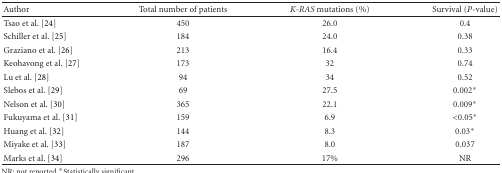
<table><thead><tr><td><b>Author</b></td><td><b>Total number of patients</b></td><td><b><i>K-RAS</i> mutations (%)</b></td><td><b>Survival (<i>P</i>-value)</b></td></tr></thead><tbody><tr><td>Tsao et al. [24]</td><td>450</td><td>26.0</td><td>0.4</td></tr><tr><td>Schiller et al. [25]</td><td>184</td><td>24.0</td><td>0.38</td></tr><tr><td>Graziano et al. [26]</td><td>213</td><td>16.4</td><td>0.33</td></tr><tr><td>Keohavong et al. [27]</td><td>173</td><td>32</td><td>0.74</td></tr><tr><td>Lu et al. [28]</td><td>94</td><td>34</td><td>0.52</td></tr><tr><td>Slebos et al. [29]</td><td>69</td><td>27.5</td><td>0.002∗</td></tr><tr><td>Nelson et al. [30]</td><td>365</td><td>22.1</td><td>0.009∗</td></tr><tr><td>Fukuyama et al. [31]</td><td>159</td><td>6.9</td><td>&lt;0.05∗</td></tr><tr><td>Huang et al. [32]</td><td>144</td><td>8.3</td><td>0.03∗</td></tr><tr><td>Miyake et al. [33]</td><td>187</td><td>8.0</td><td>0.037</td></tr><tr><td>Marks et al. [34]</td><td>296</td><td>17%</td><td>NR</td></tr></tbody></table>